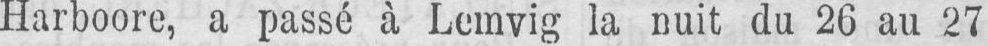
Harboore, a passé à Lemvig la nuit du 26 au 27